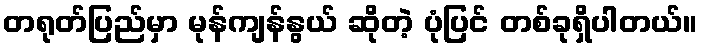
တရုတ်ပြည်မှာ မုန်ကျန်နွယ် ဆိုတဲ့ ပုံပြင် တစ်ခုရှိပါတယ်။